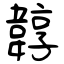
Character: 韕